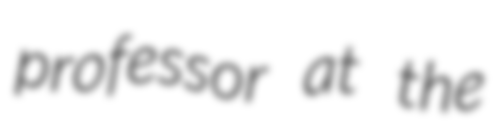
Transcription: professor at the